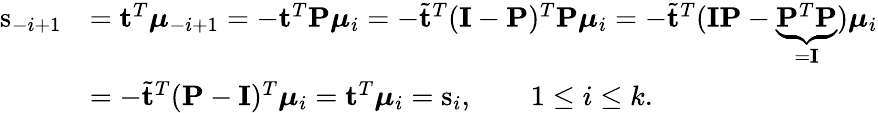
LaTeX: \begin{array}{rl}{\mathrm{s}_{-i+1}}&{=\mathbf{t}^{T}\boldsymbol{\mu}_{-i+1}=-\mathbf{t}^{T}\mathbf{P}\boldsymbol{\mu}_{i}=-\tilde{\mathbf{t}}^{T}(\mathbf{I}-\mathbf{P})^{T}\mathbf{P}\boldsymbol{\mu}_{i}=-\tilde{\mathbf{t}}^{T}(\mathbf{I}\mathbf{P}-\underbrace{\mathbf{P}^{T}\mathbf{P}}_{=\mathbf{I}})\boldsymbol{\mu}_{i}}\\ &{=-\tilde{\mathbf{t}}^{T}(\mathbf{P}-\mathbf{I})^{T}\boldsymbol{\mu}_{i}=\mathbf{t}^{T}\boldsymbol{\mu}_{i}=\mathrm{s}_{i},\qquad 1\leq i\leq k.}\end{array}